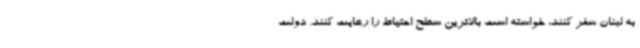
به لبنان سفر کنند، خواسته است بالاترین سطح احتیاط را رعایت کنند. دولت